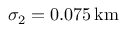
\sigma _ { 2 } = 0 . 0 7 5 \, \mathrm { k m }